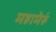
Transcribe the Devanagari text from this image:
महामेरुं